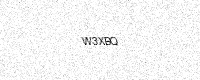
Text: W3XBQ